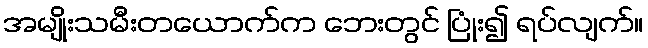
အမျိုးသမီးတယောက်က ဘေးတွင် ပြုံး၍ ရပ်လျက်။